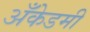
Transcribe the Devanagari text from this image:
अँकेडमी